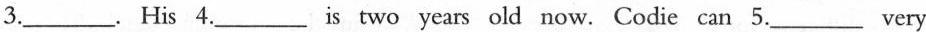
3.___.His 4.___is two years old now. Codie can 5.___ Very